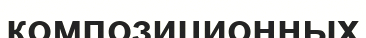
композиционных